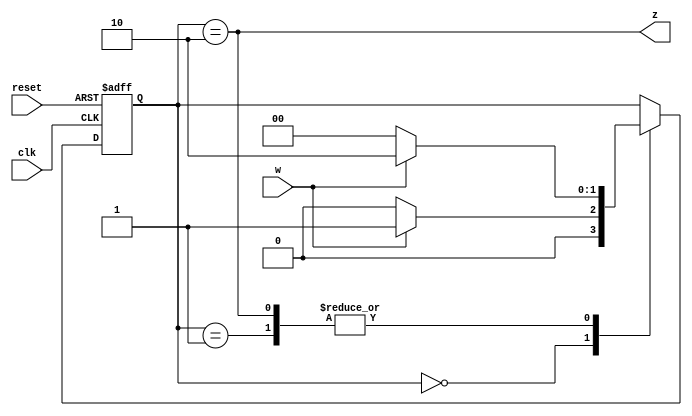
module secuencia (
    input wire clk,
    input wire reset,
    input wire w,
    output wire z
);

localparam [1:0]
    S0 = 2'b00,
    S1 = 2'b01,
    S2 = 2'b10;

reg [1:0] state, nextstate;

always @(posedge clk, posedge reset)
begin
    if(reset) // go to state zero if rese
        begin
            state <= S0;
        end
    else // otherwise update the states
        begin
            state <= nextstate;
        end
end

always @*
begin
    nextstate = state;
    case(state)
        S0: if (w==1'b0)
                nextstate = S0;
            else
                nextstate = S1;

        S1: if (w==1'b0)
                nextstate = S0;
            else
                nextstate = S2;
        S2: if (w==1'b0)
                nextstate = S0;
            else
                nextstate = S2;
        default:
            nextstate = state;
    endcase
end

assign z = (state == S2);
    
endmodule